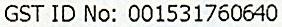
GST ID NO: 001531760640